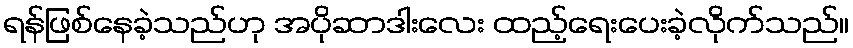
ရန်ဖြစ်နေခဲ့သည်ဟု အပိုဆာဒါးလေး ထည့်ရေးပေးခဲ့လိုက်သည်။